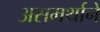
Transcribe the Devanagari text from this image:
असमर्थानें